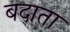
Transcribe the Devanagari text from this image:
बदाता